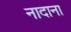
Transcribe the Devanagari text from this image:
नादाना